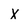
Character: x